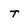
Character: T